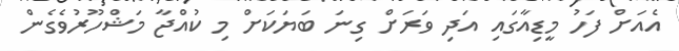
އެއަށް ފަހު މީޑިއާގައި އަދި ވަރަށް ގިނަ ބަޔަކަށް މި ކުއްޖާ މަޝްހޫރުވެގެން